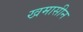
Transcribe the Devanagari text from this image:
खमासीन